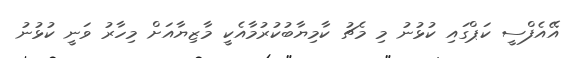
އޭއެފްސީ ކަޕްގައި ކުޅުނު މި މެޗު ކާމިޔާބުކުރުމާއެކީ މާޒިޔާއަށް މިހާރު ވަނީ ކުޅުނު